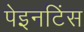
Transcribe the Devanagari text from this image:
पेइनटिंस